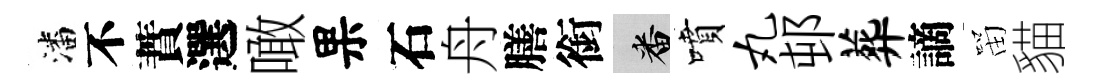
潘不蕡選噉果石舟膳銜番噴丸邨葬謫㽞貓